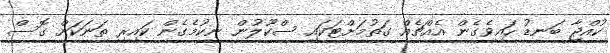
ކުއްޖާ ބަނޑު ހައިވެގެން އެއްޗެއް ގަތުމަށްޓަކައި ސްކޫލުން ނިކުމެގެން ކައިރި ތަނަކަށް ގޮސް